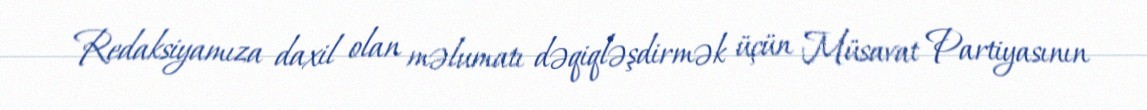
Redaksiyamıza daxil olan məlumatı dəqiqləşdirmək üçün Müsavat Partiyasının